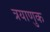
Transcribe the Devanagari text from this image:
त्रयाणुक